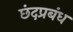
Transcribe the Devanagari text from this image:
छंदप्रबंध